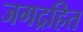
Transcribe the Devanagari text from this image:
जगद्रहित